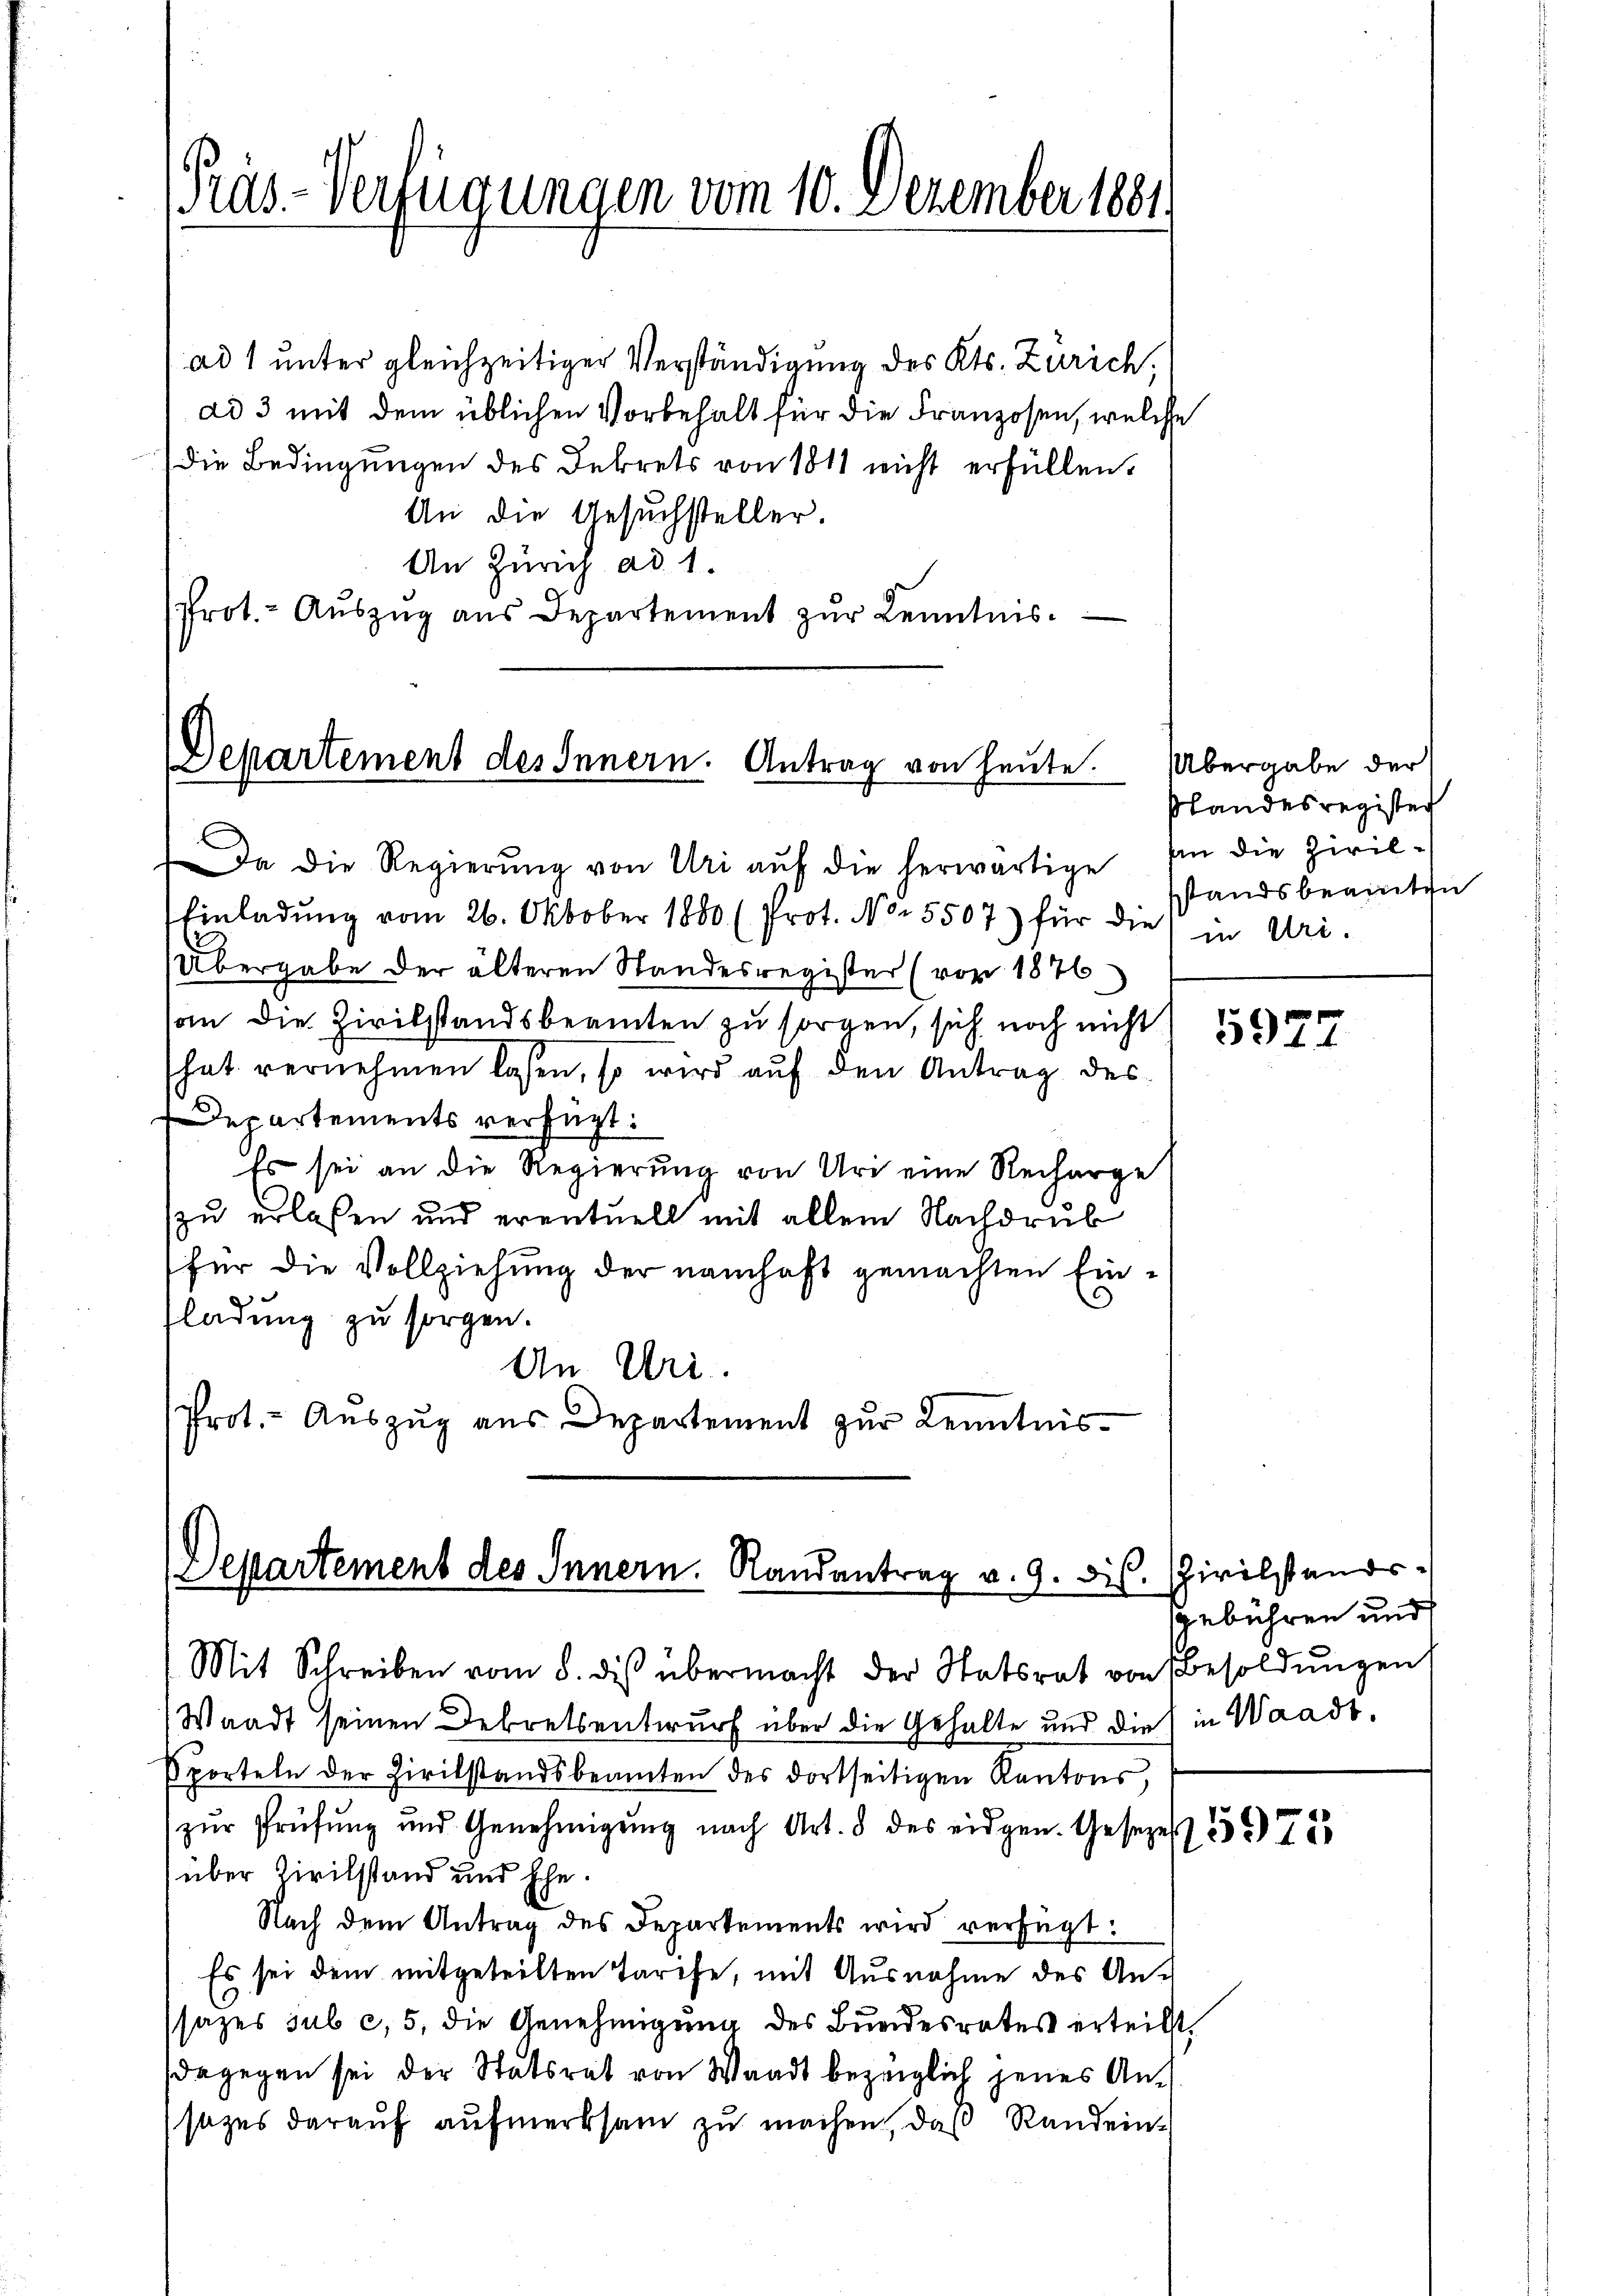
Pas-Verfügungen vom 10. Dezember 1881

ad 1 unter gleichzeitiger Verständigung des Kts. Zürich,
ad 3 mit dem üblichen Vorbehalt für die Franzosen, welche
die Bedingungen des Dekrets von 1811 nicht erfüllen.
An die Gesuchsteller.
An Zürich ad 1.
Prot.- Aŭszŭg aŭs Departement zŭr Kenntnis.

Departement des Innern. Antrag von heute.

Einladung vom 26. Oktober 1880 (Prot. No. 5507) für die in Uri.
Übergabe der älteren Standesregister (vor 1876
an die Zivilstandsbeamten zu sorgen, sich noch nicht
hat vernehmen lassen, so wird auf den Antrag des
Departements verfügt:
Es sei an die Regierung von Uri eine Recharge
zu erlassen und eventuell mit allem Nachdruk
für die Vollziehung der namhaft gemachten Einladung zu sorgen.
An Uri.
Prot. - Auszug aus Departement zur Kenntnis¬

Departement des Innern. Randantrag v. 9. dis.

Mit Schreiben vom 8. dis übermacht der Statsrat von Besoldŭngen
Waadt seinen Dekretsentwurf über die Gehalte und die in Waadt.
Sporteln der Zivilstandsbeamten des dortseitigen Kantons
zŭr Prüfung und Genehmigŭng nach Art. 8 des eidgen. Gesezes 2 75
über Zivilstand und Ehe.
Nach dem Antrag des Departements wird verfügt:
Es sei dem mitgeteilten Tarife, mit Ausnahme des Ansazes sub c, 5, die Genehmigung des Bundesrates erteilt,
dagegen sei der Statsrat von Waadt bezeiglich jenes Ansazes darauf aufmerksam zu machen, daß Randein¬

Da die Regierŭng von Uri aŭf die herwärtige

Übergabe der
slandesregister
an die Zivilsstandsbeamten

5977

Zivilstands
gebühren und